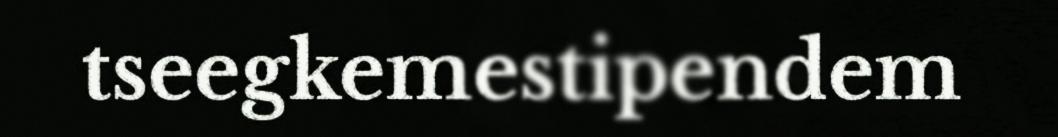
tseegkemestipendem